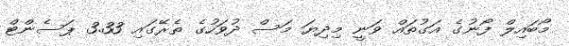
މޯބައިލް ފޯނުގެ އަގުތައް ވަނީ މިދިޔަ މަސް ދުވަހުގެ ތެރޭގައި 3.33 ޕަސެންޓް